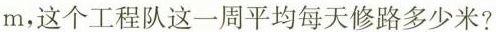
m，这个工程队这一周平均每天修路多少米?